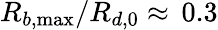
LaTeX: R_{b,\operatorname*{max}}/R_{d,0}\approx\, 0.3